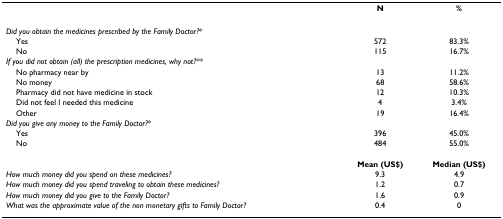
<table><thead><tr><td></td><td><b>N</b></td><td><b>%</b></td></tr></thead><tbody><tr><td><i>Did you obtain the medicines prescribed by the Family Doctor?</i>*</td><td></td><td></td></tr><tr><td> Yes</td><td>572</td><td>83.3%</td></tr><tr><td> No</td><td>115</td><td>16.7%</td></tr><tr><td><i>If you did not obtain (all) the prescription medicines, why not?</i>**</td><td></td><td></td></tr><tr><td> No pharmacy near by</td><td>13</td><td>11.2%</td></tr><tr><td> No money</td><td>68</td><td>58.6%</td></tr><tr><td> Pharmacy did not have medicine in stock</td><td>12</td><td>10.3%</td></tr><tr><td> Did not feel I needed this medicine</td><td>4</td><td>3.4%</td></tr><tr><td> Other</td><td>19</td><td>16.4%</td></tr><tr><td><i>Did you give any money to the Family Doctor?</i>*</td><td></td><td></td></tr><tr><td> Yes</td><td>396</td><td>45.0%</td></tr><tr><td> No</td><td>484</td><td>55.0%</td></tr><tr><td></td><td><b>Mean (US$)</b></td><td><b>Median (US$)</b></td></tr><tr><td><i>How much money did you spend on these medicines?</i></td><td>9.3</td><td>4.9</td></tr><tr><td><i>How much money did you spend traveling to obtain these medicines?</i></td><td>1.2</td><td>0.7</td></tr><tr><td><i>How much money did you give to the Family Doctor?</i></td><td>1.6</td><td>0.9</td></tr><tr><td><i>What was the approximate value of the non monetary gifts to Family Doctor?</i></td><td>0.4</td><td>0</td></tr></tbody></table>